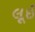
લૂઈ